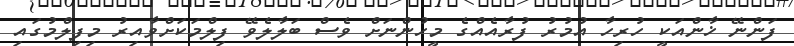
ފަންނޭ ޚާންއަކީ ހުރިހާ އުމުރު ފުރާއެއްގެ މީހުންނަށް ވެސް ބަލާލެވޭ ފިލްމަކަށްވާއިރު މިފިލްމުގައި